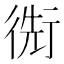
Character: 𢔬